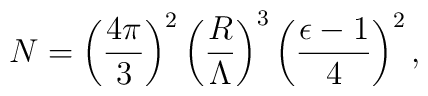
N=\left(4\pi\over3\right)^2\left(R\over\Lambda\right)^3\left(\epsilon-1\over4\right)^2,